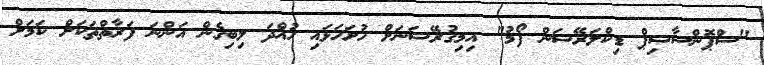
"ސްޕޮންސާޝިޕް ޑިކްލަރޭޝަން ފޯމު" އިމިގުރޭޝަނަށް ހުށަހަޅައި ހުއްދަ ލިބިގެން އަންނަ ފަރާތްތަކަށް ކަމަށް